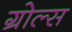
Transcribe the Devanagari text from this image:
ग्रोल्स